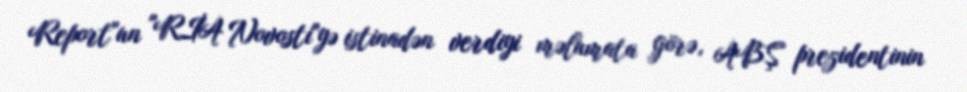
Report"un "RİA Novosti"yə istinadən verdiyi məlumata görə, ABŞ prezidentinin